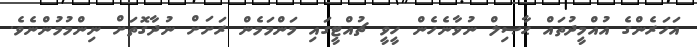
އަހަރެންގެ އުއްމީދުތައް ޙާޞިލް ނުވާނެހެން ހީވީ ޗުއްޓީގައި މަންމަމެން ރަށަށް ނުދާގޮތަށް ނިންމުމުންނެވެ.